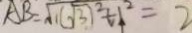
A B = \sqrt { 1 ( \sqrt { 3 } ) ^ { 2 } + 1 ^ { 2 } } = 2